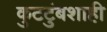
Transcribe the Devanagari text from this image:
कुटटुंबशाही